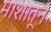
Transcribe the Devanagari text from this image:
माशातून